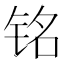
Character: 铭